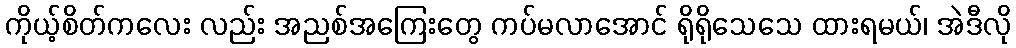
ကိုယ့်စိတ်ကလေး လည်း အညစ်အကြေးတွေ ကပ်မလာအောင် ရိုရိုသေသေ ထားရမယ်၊ အဲဒီလို